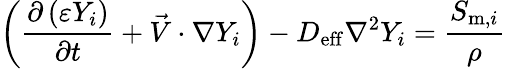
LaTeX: \left(\frac{\partial\left(\varepsilon Y_{i}\right)}{\partial t}+\vec{V}\cdot\nabla Y_{i}\right)-D_{\mathrm{{eff}}}\nabla^{2}Y_{i}=\frac{S_{\mathrm{m},i}}{\rho}